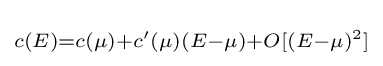
\scriptstyle c(E)=c(\mu )+c'(\mu )(E-\mu )+O[(E-\mu )^{2}]